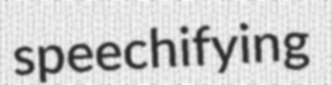
speechifying